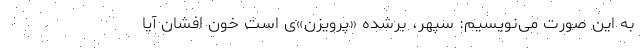
به این صورت می‌نویسیم: سپهر، بر‌شده «پرویزَن»‌ی است خون افشان آیا